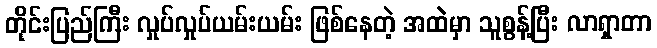
တိုင်းပြည်ကြီး လှုပ်လှုပ်ယမ်းယမ်း ဖြစ်နေတဲ့ အထဲမှာ သူစွန့်ပြီး လာရှာတာ